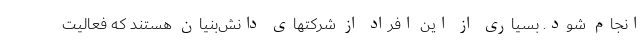
انجام شود. بسیاری از این افراد از شرکتهای دانش‌بنیان هستند که فعالیت